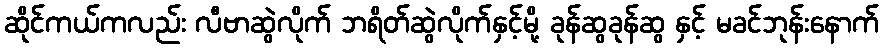
ဆိုင်ကယ်ကလည်း လီဗာဆွဲလိုက် ဘရိတ်ဆွဲလိုက်နှင့်မို့ ခုန်ဆွခုန်ဆွ နှင့် မခင်ဘုန်းနောက်